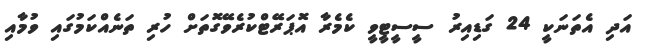
އަދި އެތަނަކީ 24 ގަޑިއިރު ސީސީޓީވީ ކެމެރާ އޮޕަރޭޓްކުރެވޭގޮތަށް ހުރި ތަނެއްކަމުގައި ވުމާއި